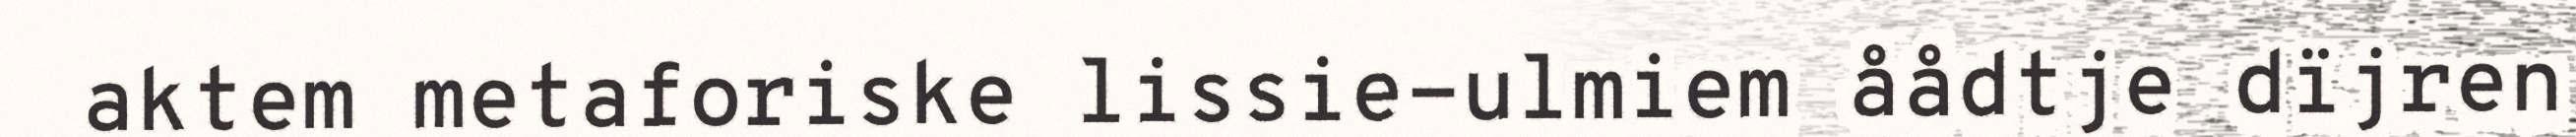
aktem metaforiske lissie-ulmiem åådtje dïjren